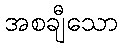
အစချီသော